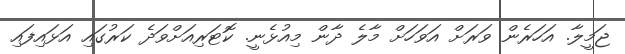
ޖަމީލާ. އަހަރެން ވަރަށް އަވަހަށް މާލެ ދާން މިއުޅެނީ. ކޮޓަރިއަށްވަދެ ކަރުގައި އަޅައިފައި